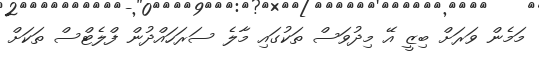
މަމެން ވަރަށް ބިޒީ އޭ މިދުވަސް ތަކުގައި މާލެ ސަރަހައްދުން ފްލެޓްސް ތަކަށް